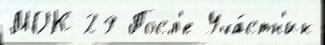
МОК 29 Посл'е Уча́стн'ик